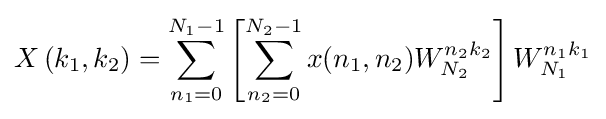
X\left(k_{1},k_{2}\right)=\sum _{n_{1}=0}^{N_{1}-1}\left[\sum _{n_{2}=0}^{N_{2}-1}x(n_{1},n_{2})W_{N_{2}}^{n_{2}k_{2}}\right]W_{N_{1}}^{n_{1}k_{1}}